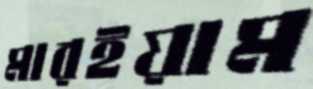
মারইয়াম